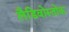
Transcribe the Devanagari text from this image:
लैडिवोस्तोक